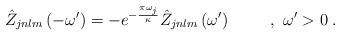
LaTeX: \begin{align*}\hat Z_{jnlm}\left(-\omega'\right)=-e^{-{{\pi\omega_j}\over\kappa}}\hat Z_{jnlm}\left(\omega'\right)\hspace{1cm},\ \omega'>0\;.\end{align*}